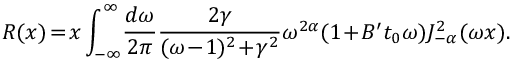
R ( x ) \! = \! x \int _ { - \infty } ^ { \infty } \! \frac { d \omega } { 2 \pi } \frac { 2 \gamma } { ( \omega \! - \! 1 ) ^ { 2 } \! + \! \gamma ^ { 2 } } \omega ^ { 2 \alpha } ( 1 \! + \! B ^ { \prime } t _ { 0 } \omega ) J _ { - \alpha } ^ { 2 } ( \omega x ) .